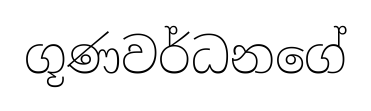
ගූණවර්ධනගේ